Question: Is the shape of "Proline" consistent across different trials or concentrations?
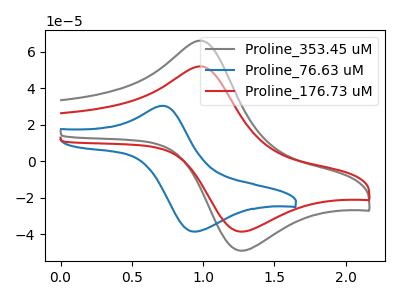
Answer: <think>The gray curve "Proline_353.45 uM" has an anodic peak at (1.00V, 65.95uA) and a cathodic peak at (1.25V, -48.95uA). The blue curve "Proline_76.63 uM" has an anodic peak at (0.70V, 30.35uA) and a cathodic peak at (0.95V, -38.45uA). The red curve "Proline_176.73 uM" has an anodic peak at (1.00V, 51.85uA) and a cathodic peak at (1.25V, -38.50uA).
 "Proline_353.45 uM" and "Proline_76.63 uM" have at least one peak that do not match. All the peaks in "Proline_353.45 uM" have a peak in "Proline_176.73 uM" at the same potential. Every peak in "Proline_353.45 uM" is higher than every peak in "Proline_176.73 uM". "Proline_76.63 uM" and "Proline_176.73 uM" have at least one peak that do not match.</think>
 <answer>All the CV's of "Proline" have similar shape.</answer>
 <eval>follow_rule</eval>